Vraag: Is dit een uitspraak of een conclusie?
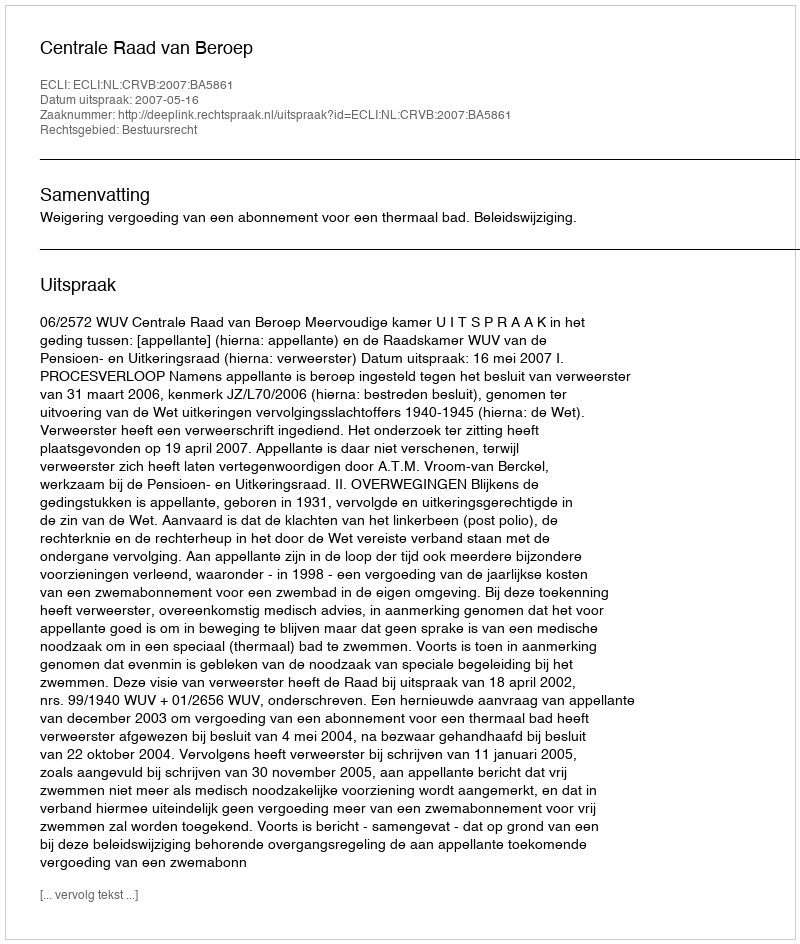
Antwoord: Uitspraak